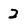
Character: 2